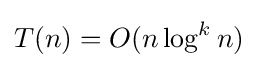
T(n)=O(n\log ^{k}n)